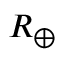
\scriptstyle R _ { \oplus }